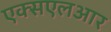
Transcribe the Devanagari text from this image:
एक्सएलआर